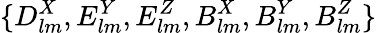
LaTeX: \{ D_{lm}^{X},E_{lm}^{Y},E_{lm}^{Z},B_{lm}^{X},B_{lm}^{Y},B_{lm}^{Z}\}